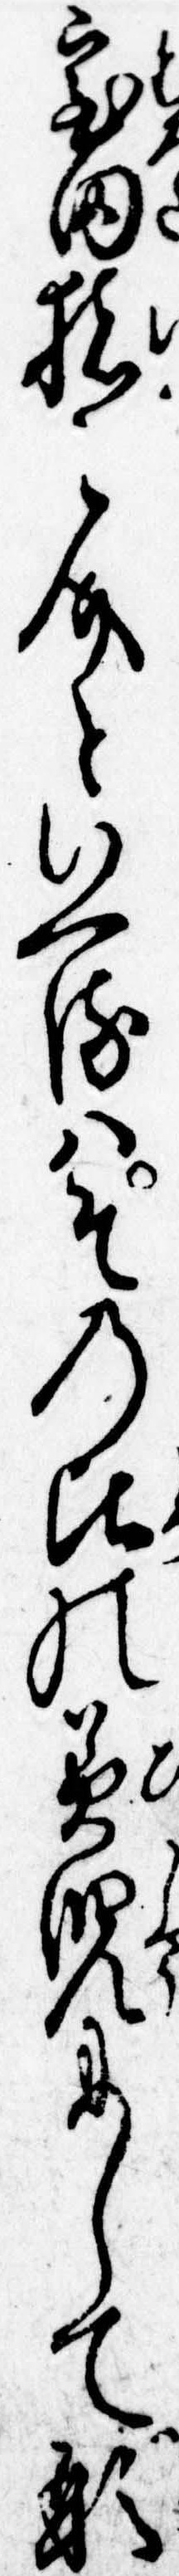
室田猪介といへるはその頃の美児にして形